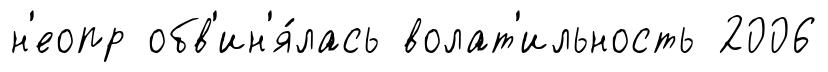
н'еопр обв'ин'я́лась волат'ильность 2006